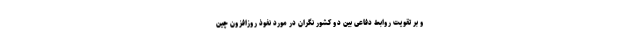
و بر تقویت روابط دفاعی بین دو کشور نگران در مورد نفوذ روزافزون چین